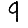
Digit: 9